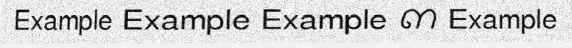
Example Example Example ៣ Example